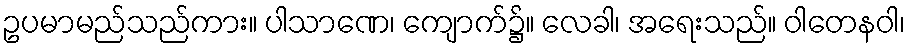
ဥပမာမည်သည်ကား။ ပါသာဏေ၊ ကျောက်၌။ လေခါ၊ အရေးသည်။ ဝါတေနဝါ၊